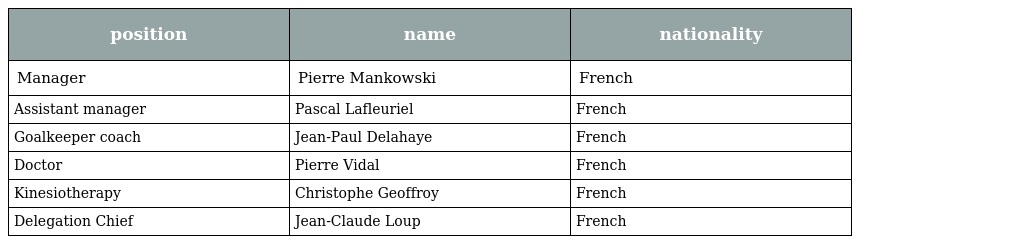
| position | name | nationality |
 | --- | --- | --- |
 | Manager | Pierre Mankowski | French |
 | Assistant manager | Pascal Lafleuriel | French |
 | Goalkeeper coach | Jean-Paul Delahaye | French |
 | Doctor | Pierre Vidal | French |
 | Kinesiotherapy | Christophe Geoffroy | French |
 | Delegation Chief | Jean-Claude Loup | French |